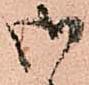
御